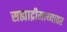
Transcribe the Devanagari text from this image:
सह्याद्रीमाथ्यावर